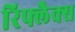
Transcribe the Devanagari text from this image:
रिफ्लैक्‍स